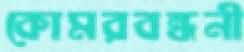
কোমরবন্ধনী